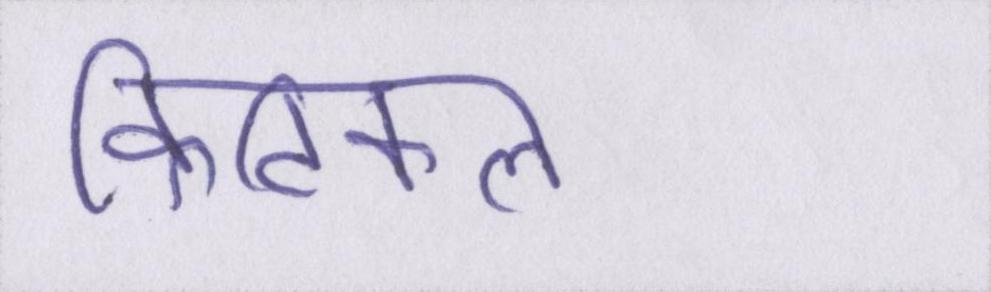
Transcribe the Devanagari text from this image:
क्रिटिकल